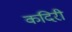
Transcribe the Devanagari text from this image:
कदिरी